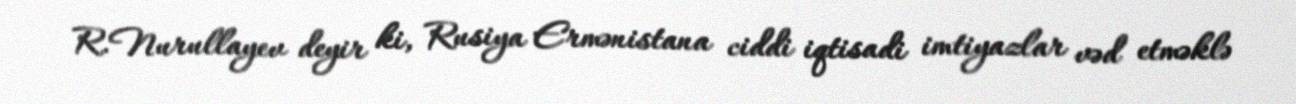
R.Nurullayev deyir ki, Rusiya Ermənistana ciddi iqtisadi imtiyazlar vəd etməklə